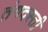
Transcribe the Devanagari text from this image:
तंगदस्ती